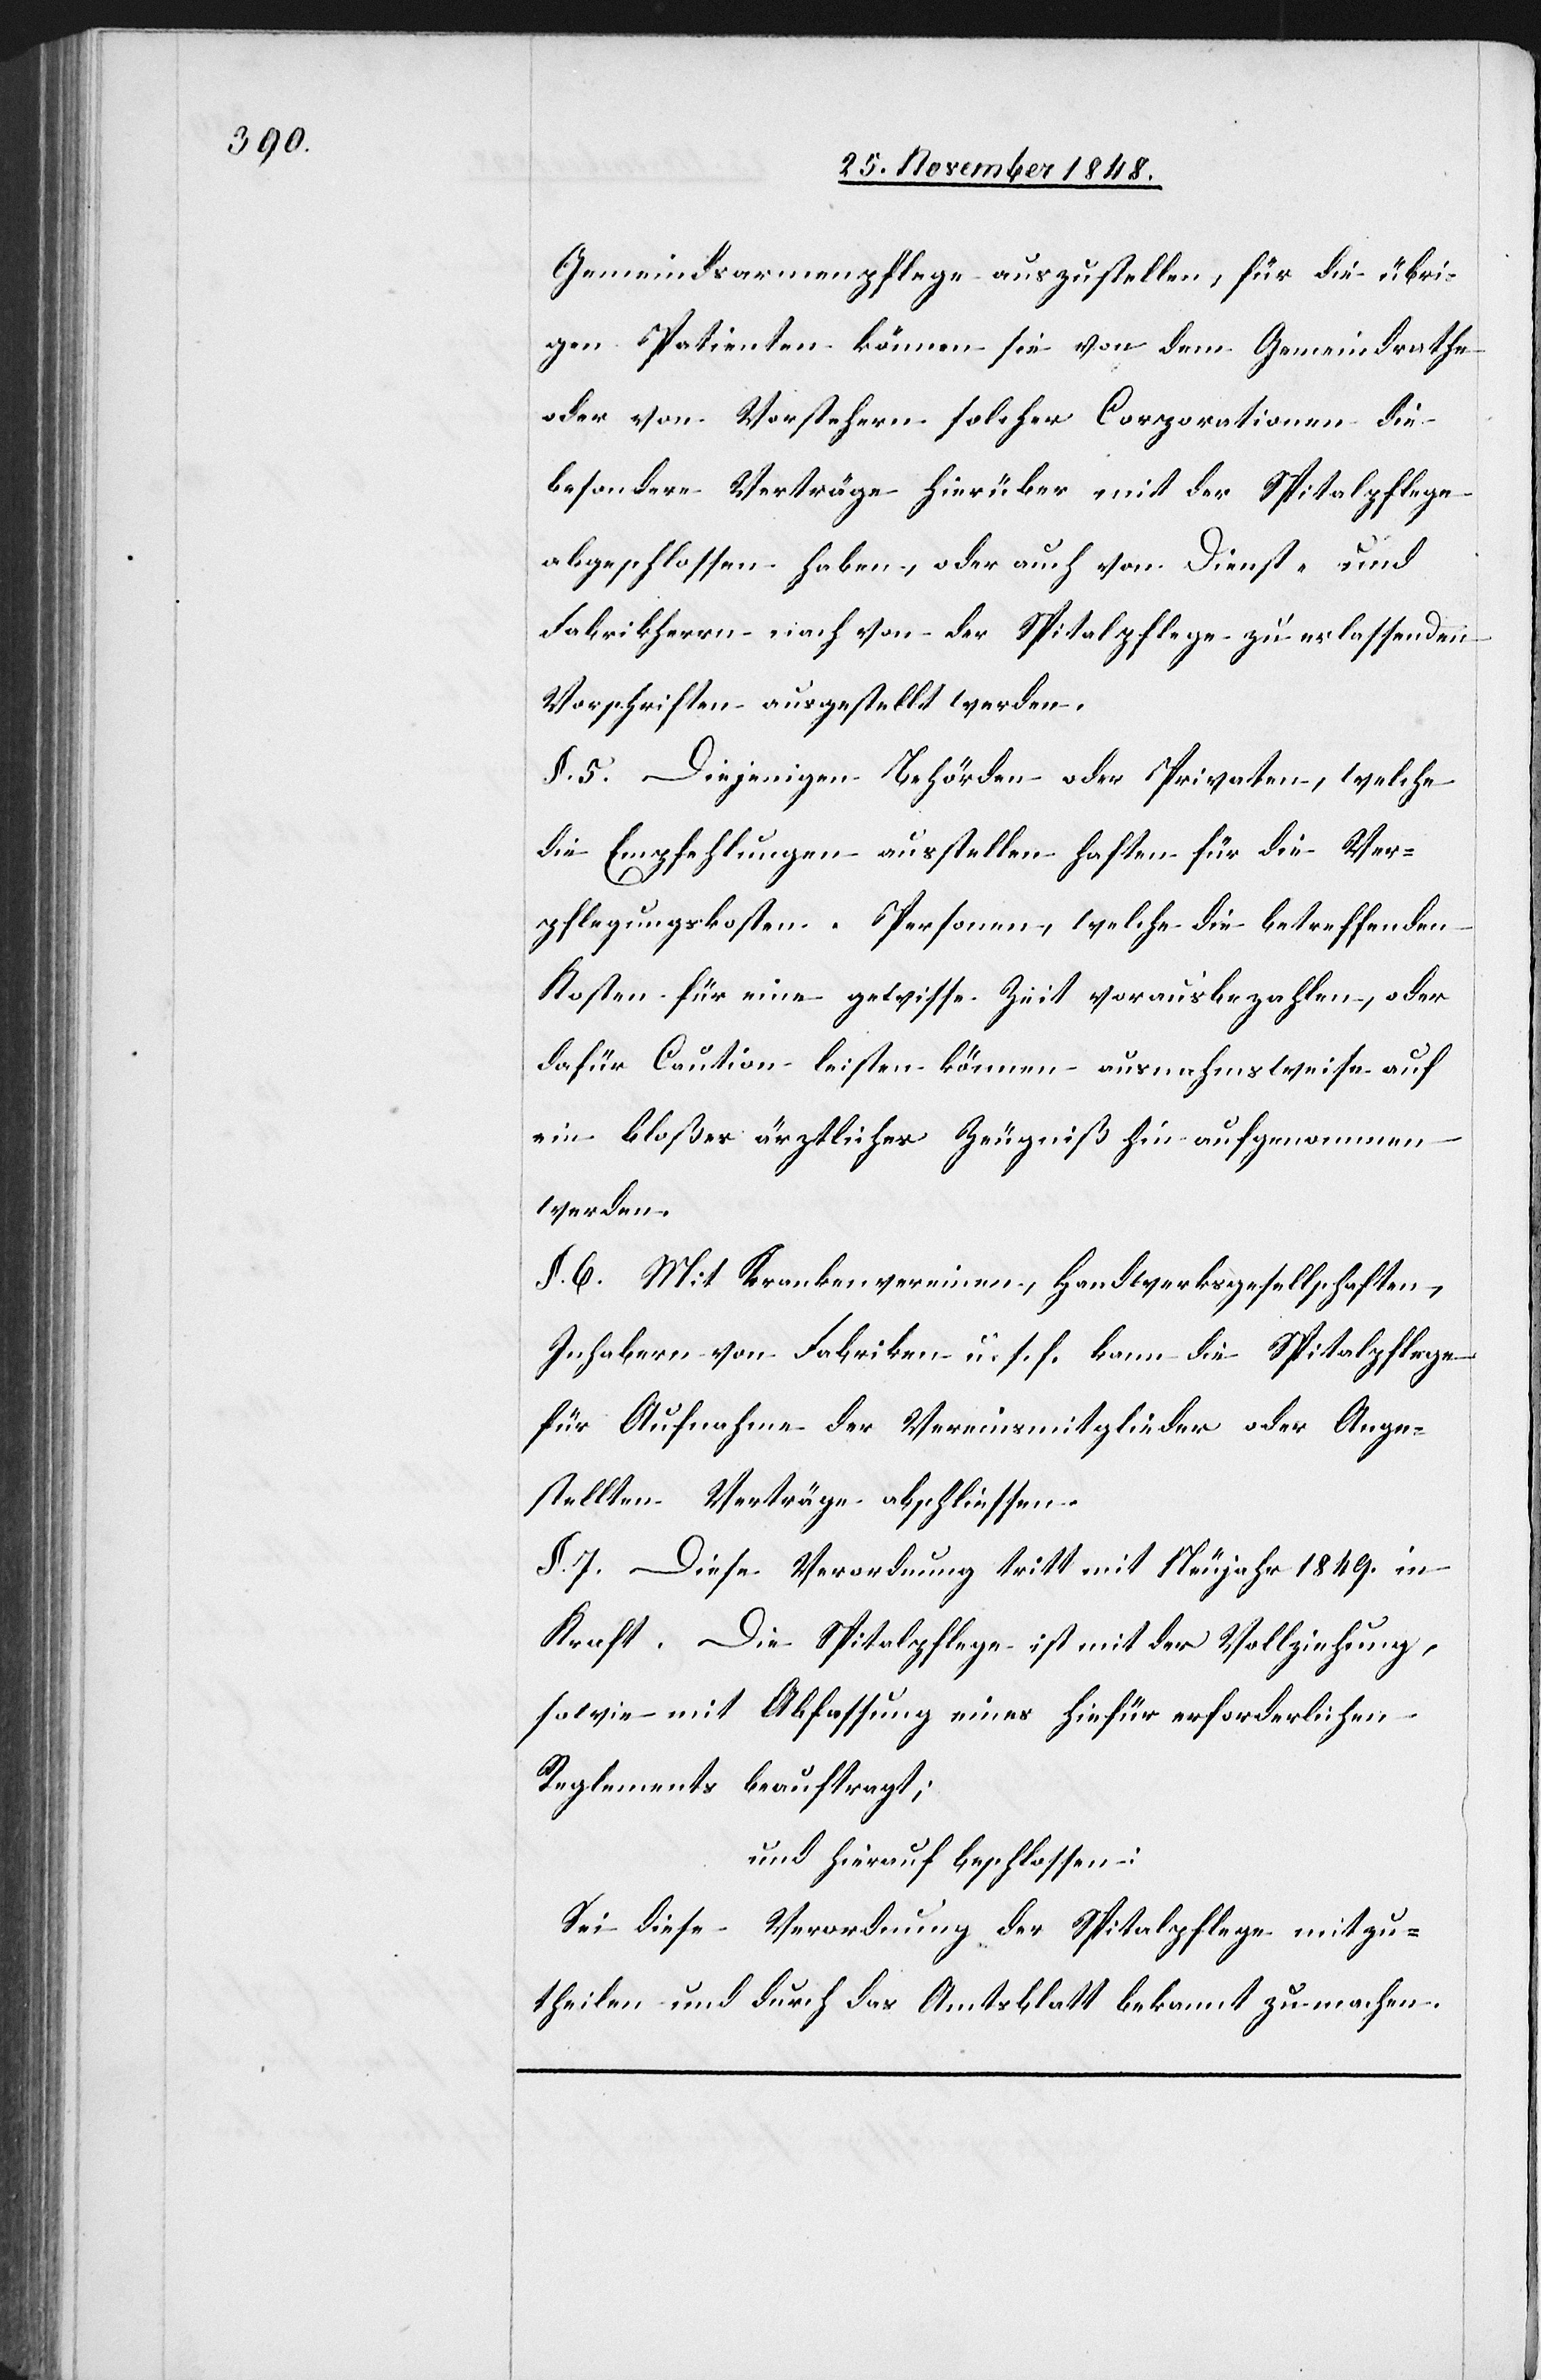
Gemeindsarmenpflege auszustellen, für die übri¬
gen Patienten können sie von dem Gemeindrathe
oder von Vorstehern solcher Corporationen die
besondere Verträge hierüber mit der Spitalpflege
abgeschlossen haben, oder auch von Dienst- und
Fabrikherrn nach von der Spitalpflege zu erlassenden
Vorschriften ausgestellt werden.
§. 5. Diejenigen Behörden oder Privaten, welche
die Empfehlungen ausstellen haften für die Ver¬
pflegungskosten. Personen, welche die betreffenden
Kosten für eine gewisse Zeit vorausbezahlen, oder
dafür Caution leisten können ausnahmsweise auf
ein bloßes ärztliches Zeugniß hin aufgenommen
werden.
§. 6. Mit Krankenvereinen, Handwerksgesellschaften,
Inhabern von Fabriken u. s. f. kann die Spitalpflege
für Aufnahme der Vereinsmitglieder oder Ange¬
stellten Verträge abschliessen.
§. 7. Diese Verordnung tritt mit Neujahr 1849. in
Die Spitalpflege ist mit der Vollziehung
sowie mit Abfassung eines hiefür erforderlichen
Reglements beauftragt;
und hierauf beschlossen:
Sei diese Verordnung der Spitalpflege mitzu¬
theilen und durch das Amtsblatt bekannt zu machen.